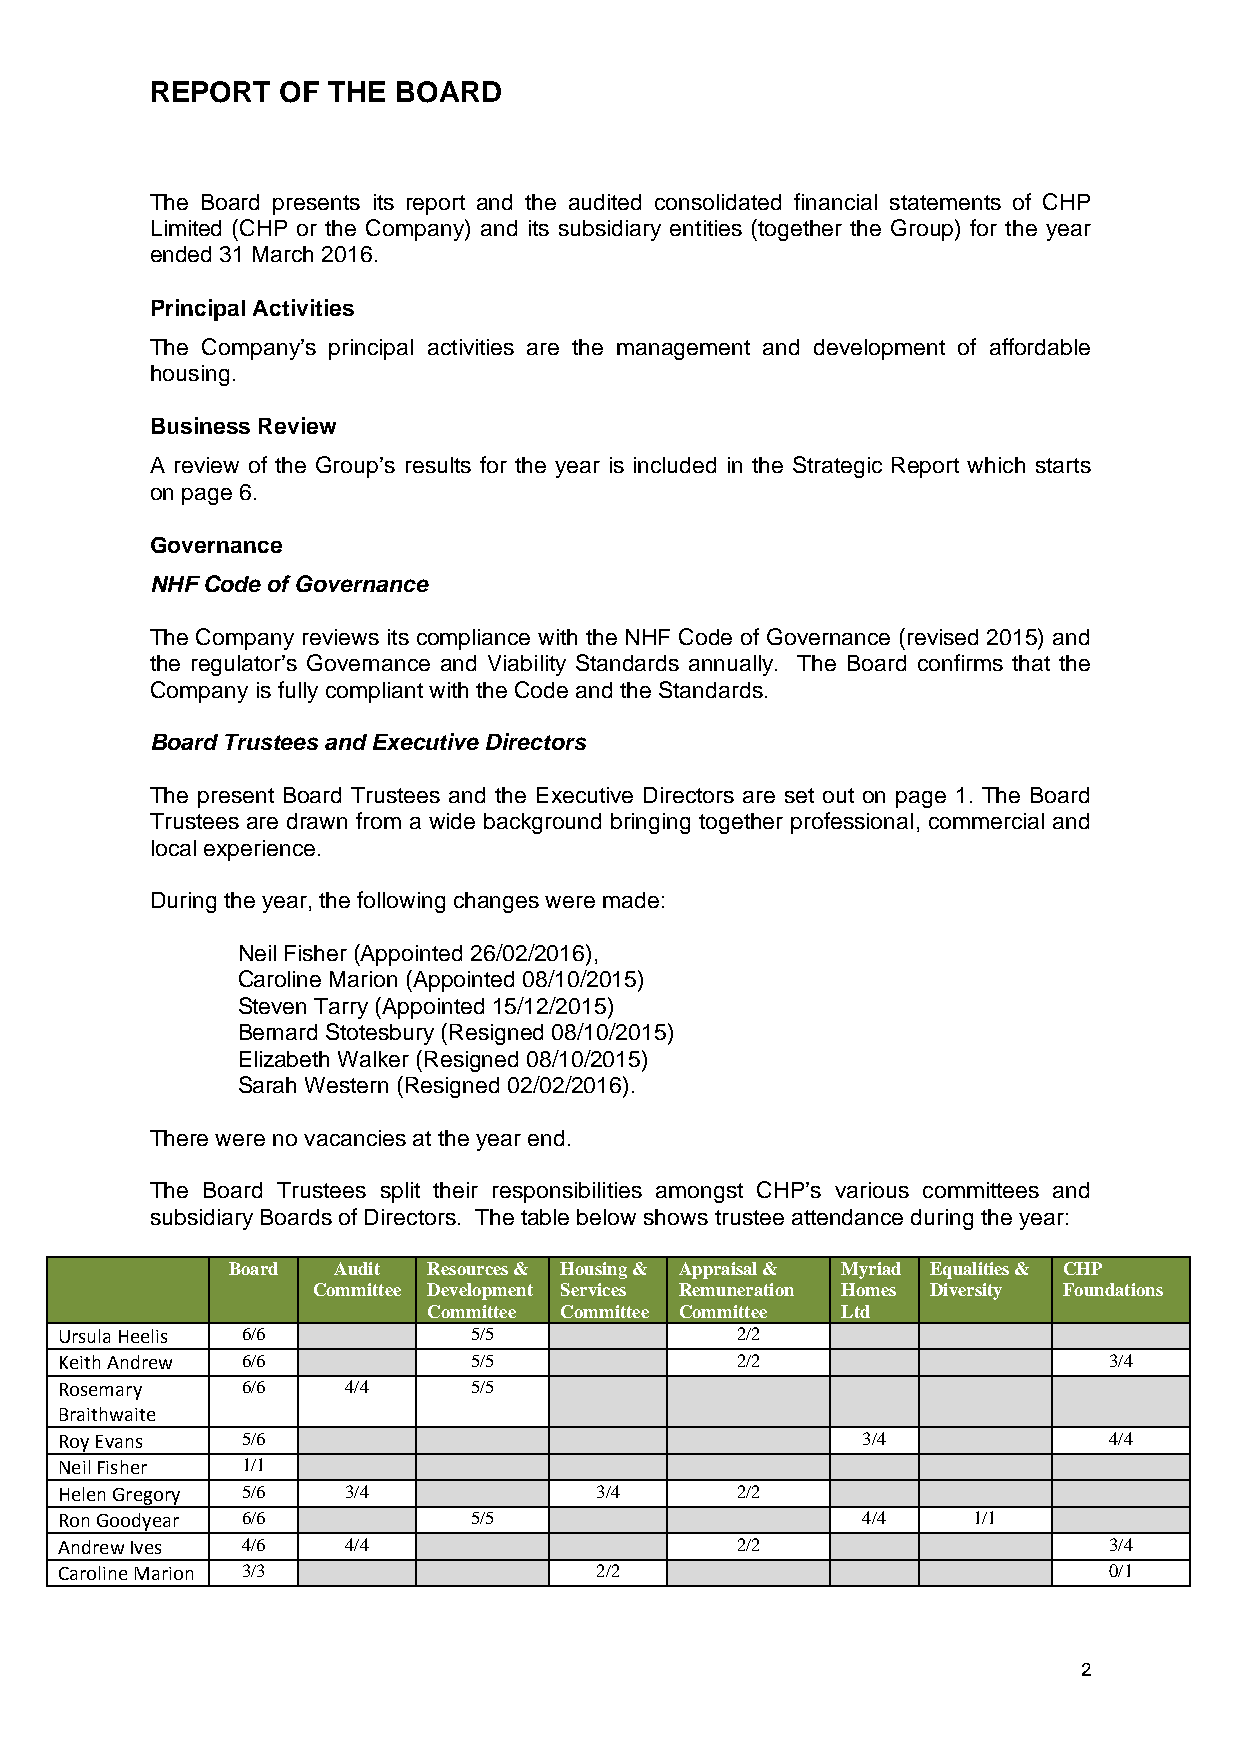
REPORT   OF THE BOARD
 The Board presents its report and the audited consolidated financial statements of CHP
 Limited (CHP or the Company) and its subsidiary entities (together the Group) for the year
 ended 31 March 2016.
 Principal Activities
 The Company’s principal activities are the management and development of affordable
 housing.
 Business Review
 A review of the Group’s results for the year is included in the Strategic Report which starts
 on page 6.
 Governance
 NHF Code of Governance
 The Company reviews its compliance with the NHF Code of Governance (revised 2015) and
 the regulator’s Governance and Viability Standards annually. The Board confirms that the
 Company is fully compliant with the Code and the Standards.
 Board Trustees and Executive Directors
 The present Board Trustees and the Executive Directors are set out on page 1. The Board
 Trustees are drawn from a wide background bringing together professional, commercial and
 local experience.
 During the year, the following changes were made:
 Neil Fisher (Appointed 26/02/2016),
 Caroline Marion (Appointed 08/10/2015)
 Steven Tarry (Appointed 15/12/2015)
 Bernard Stotesbury (Resigned 08/10/2015)
 Elizabeth Walker (Resigned 08/10/2015)
 Sarah Western (Resigned 02/02/2016).
 There were no vacancies at the year end.
 The Board Trustees split their responsibilities amongst CHP’s various committees and
 subsidiary Boards of Directors. The table below shows trustee attendance during the year:
 Board  Audit Resources & Housing & Appraisal & Myriad Equalities & CHP
 Committee Development Services Remuneration Homes Diversity Foundations
 Committee Committee Committee Ltd
 Ursula Heelis 6/6          5/5               2/2
 Keith Andrew 6/6           5/5               2/2                     3/4
 Rosemary    6/6    4/4     5/5
 Braithwaite
 Roy Evans   5/6                                      3/4             4/4
 Neil Fisher 1/1
 Helen Gregory 5/6  3/4             3/4       2/2
 Ron Goodyear 6/6           5/5                       4/4    1/1
 Andrew Ives 4/6    4/4                       2/2                     3/4
 Caroline Marion 3/3                2/2                               0/1
 2